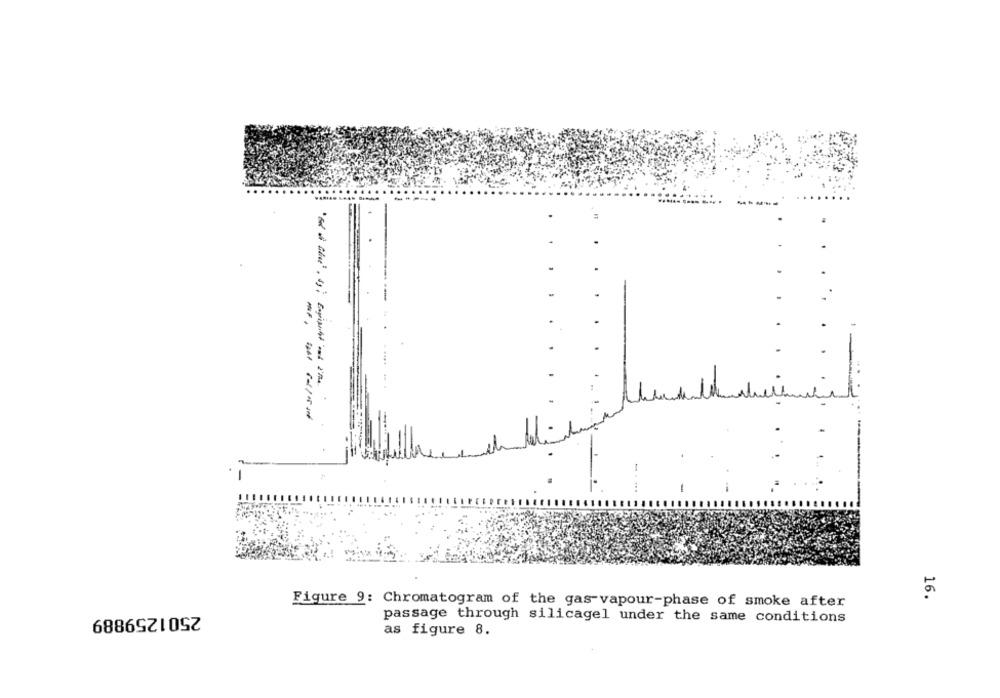
F.
3.
-. ...
-
16.
Figure 9: Chromatogram of the gas-vapour-phase of smoke after
2501259889
passage through silicagel under the same conditions
as figure 8.